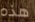
هذه